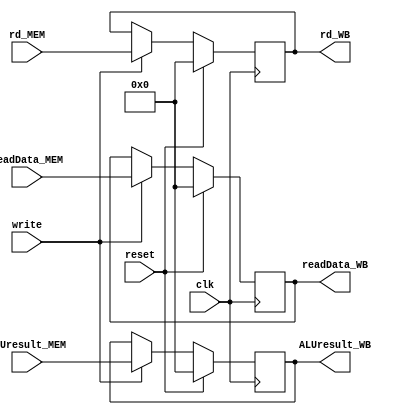
`timescale 1ns / 1ps



module MEM_WB_reg(input clk, write, reset,
                    input [31:0] readData_MEM, ALUresult_MEM, rd_MEM,
                    output reg [31:0] readData_WB, ALUresult_WB, rd_WB);
                    
     always@(posedge clk) begin
        if(reset) begin
            readData_WB <= 32'b0;
            ALUresult_WB <= 32'b0;
            rd_WB <= 32'b0;
        end
        else begin
            if(write) begin
                readData_WB <= readData_MEM;
                ALUresult_WB <= ALUresult_MEM;
                rd_WB <= rd_MEM;
            end
        end
     end                   
                    
endmodule